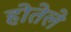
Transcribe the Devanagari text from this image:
होतेले